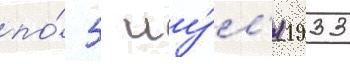
по́ 5 иу́л'я 1933